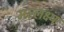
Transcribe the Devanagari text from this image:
मल्लक्ष्य